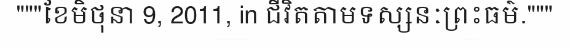
"""ខែមិថុនា 9, 2011, in ជីវិតតាមទស្សនៈព្រះធម៌."""